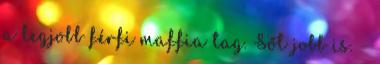
a legjobb férfi maffia tag. Sőt jobb is. -